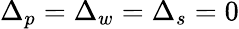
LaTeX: \Delta_{p}=\Delta_{w}=\Delta_{s}=0